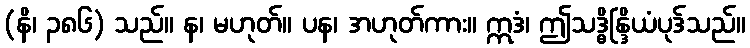
(နိ၊ ၃၈၆) သည်။ န၊ မဟုတ်။ ပန၊ အဟုတ်ကား။ ဣဒံ၊ ဤသဒ္ဓိန္ဒြိယံပုဒ်သည်။